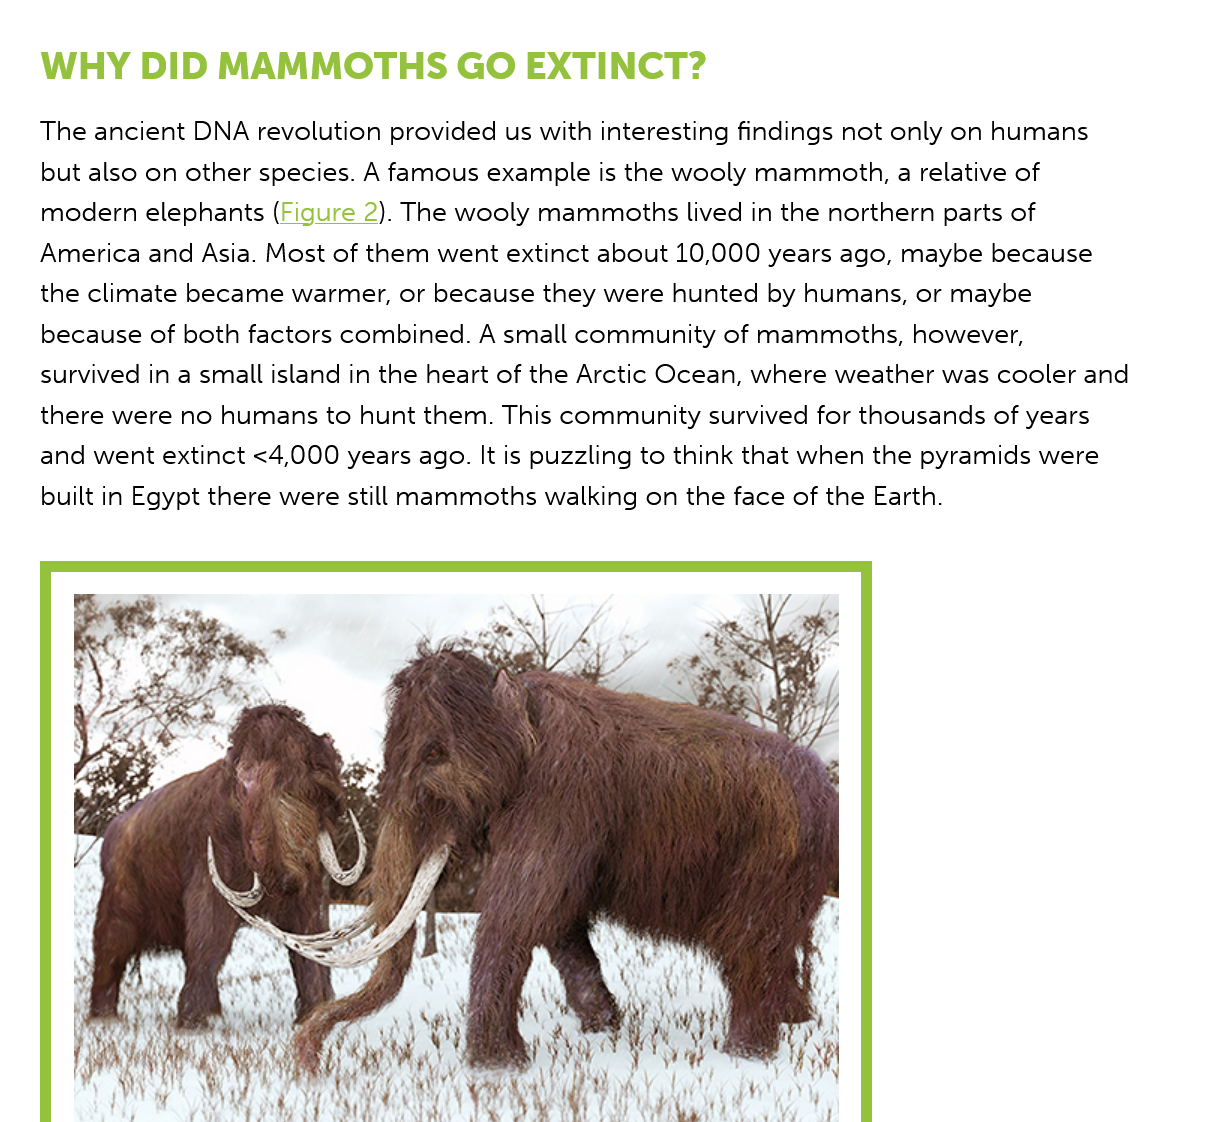
WHY    DID  MAMMOTHS    GO    EXTINCT?
   The ancient DNA revolution provided us with interesting findings not only on humans
   but also on other species. A famous example is the wooly mammoth, a relative of
   modern elephants (Figure 2). The wooly mammoths lived in the northern parts of
   America and Asia. Most of them went extinct about 10,000 years ago, maybe because
   the climate became warmer, or because they were hunted by humans, or maybe
   because of both factors combined. A small community of mammoths, however,
   survived in a small island in the heart of the Arctic Ocean, where weather was cooler and
   there were no humans to hunt them. This community survived for thousands of years
   and went extinct <4,000 years ago. It is puzzling to think that when the pyramids were
   built in Egypt there were still mammoths walking on the face of the Earth.